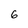
Character: 6